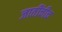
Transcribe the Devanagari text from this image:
जातींचीच